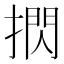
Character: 㨛